Tezpur Lunatic Asylum reports 1895-1904 - 1895-1904
Year: 1895
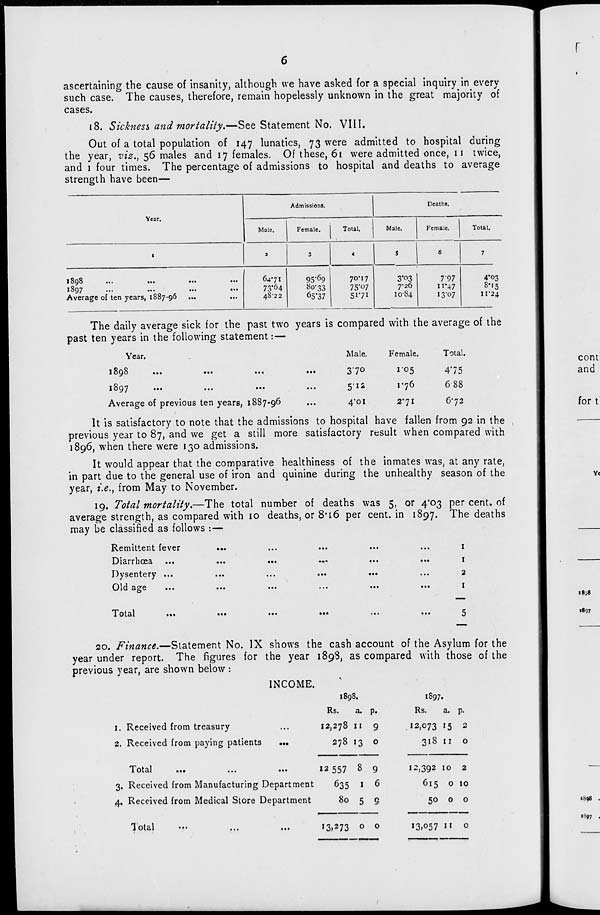
ascertaining the cause of insanity, although we have asked for a special inquiry in every
such case. The causes, therefore, remain hopelessly unknown in the great majority of
cases.
18. Sickness and mortality.—See Statement No. VIII.
Out of a total population of 147 lunatics, 73 were admitted to hospital during
the year, viz., 56 males and 17 females. Of these, 61 were admitted once, 11 twice,
and 1 four times. The percentage of admissions to hospital and deaths to average
strength have been—
Year.
Admissions.
Deaths.
Male.
Female.
Total.
Male.
Female.
Total.
1
1
a
3
4
S
6
7
I Oyo
•••
•••
•••
•••
**-**.)/
■••
•• •
•••
•••
Average of ten years, 1887-96
6471
73*64
48-22
95" 6 9
S°'33
65*37
7OM7
75*07
51*71
3*03
7*26
1084
797
11-47
13-07
4'o 3
8M5
11-24
The daily average sick for the past two years is compared with the average of the
past ten years in the following statement:—
Male.
Female.
Total.
370
1-05
4*75
5-12
1*76
688
4*01
2*71
6*72
Year.
10Q0
...
...
...
...
10Q7
•••
•••
•••
«••
Average of previous ten years, 1887-96
It is satisfactory to note that the admissions to hospital have fallen from 92 in the
previous year to 87, and we get a still more satisfactory result when compared with
1896, when there were 130 admissions.
It would appear that the comparative healthiness of the inmates was, at any rate,
in part due to the general use of iron and quinine during the unhealthy season of the
year, i.e., from May to November.
19. Total mortality.—The total number of deaths was 5, or 4*03 per cent, of
average strength, as compared with 10 deaths, or 8*i6 per cent, in 1897. The deaths
may be classified as follows : —
Remittent fever
Diarrhoea
Dysentery ...
Old age
1
1
2
1
Total
20. Finance.—Statement No. IX shows the cash account of the Asylum for the
year under report. The figures for the year 1898, as compared with those of the
previous year, are shown below :
INCOME.
1898.
1. Received from treasury
2. Received from paying patients
Total
Rs.
a. p.
12,278 11 9
278 13 o
12 557 8 9
3. Received from Manufacturing Department
635 1 6
4, Received from Medical Store Department
80 5 9
1897.
Rs.
a. p.
12,073 15 2
318 11 o
12,392 10 2
615 o 10
50 o o
Total
13,273 o o
13,057 II o